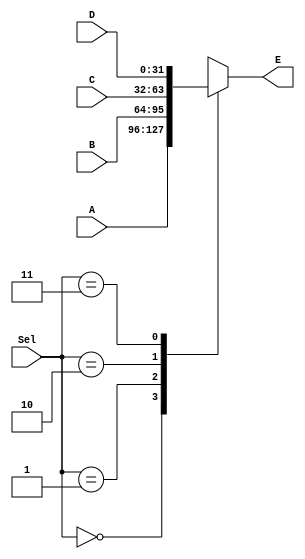
`timescale 1ns / 1ps
//	Mux4to1.
// Bloque de un Multiplexor de 4 a 1.
//	Entradas: A,B,C,D y el Seleccionador.
//	Salidas: E.

module Mux4to1 ( 
					input [1:0] Sel,
					input signed [31:0] A,B,C,D,
					output reg signed [31:0] E
					);
initial
	E = 32'b0;
always @(*) 								//Un case que elije el valor de la salida D
	case(Sel)								//dependiendo del valor en la entrada del seleccionador
		2'b00: 	E <= A;		
		2'b01: 	E <= B;
		2'b10: 	E <= C;
		2'b11: 	E <= D;
		default:	E <= 32'b0;
	endcase 
endmodule